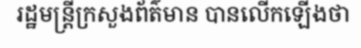
រដ្ឋមន្ត្រីក្រសួងព័ត៌មាន បានលើកឡើងថា